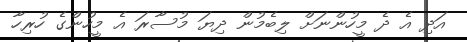
އަދި އެ ދެ މީހުންނަށް ލިބެމުން ދިޔަ މުސާރަ އެ މީހުންގެ ހުރިހާ